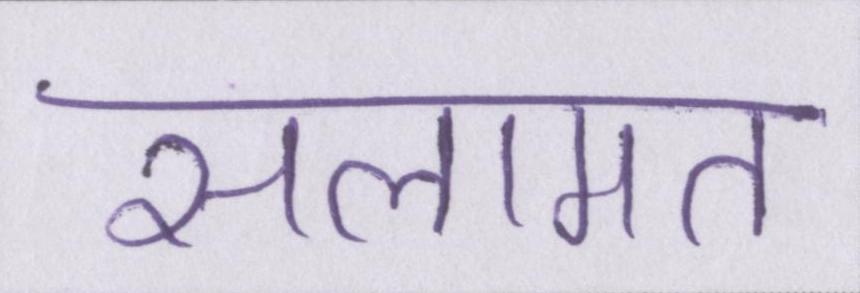
सलामत